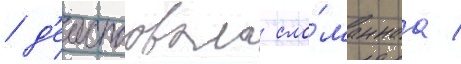
/ д'еиствовала сло́маннаа /